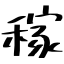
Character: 稼